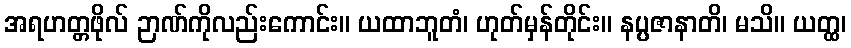
အရဟတ္တဖိုလ် ဉာဏ်ကိုလည်းကောင်း။ ယထာဘူတံ၊ ဟုတ်မှန်တိုင်း။ နပ္ပဇာနာတိ၊ မသိ။ ယတ္ထ၊